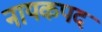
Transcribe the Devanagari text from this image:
नायकपद